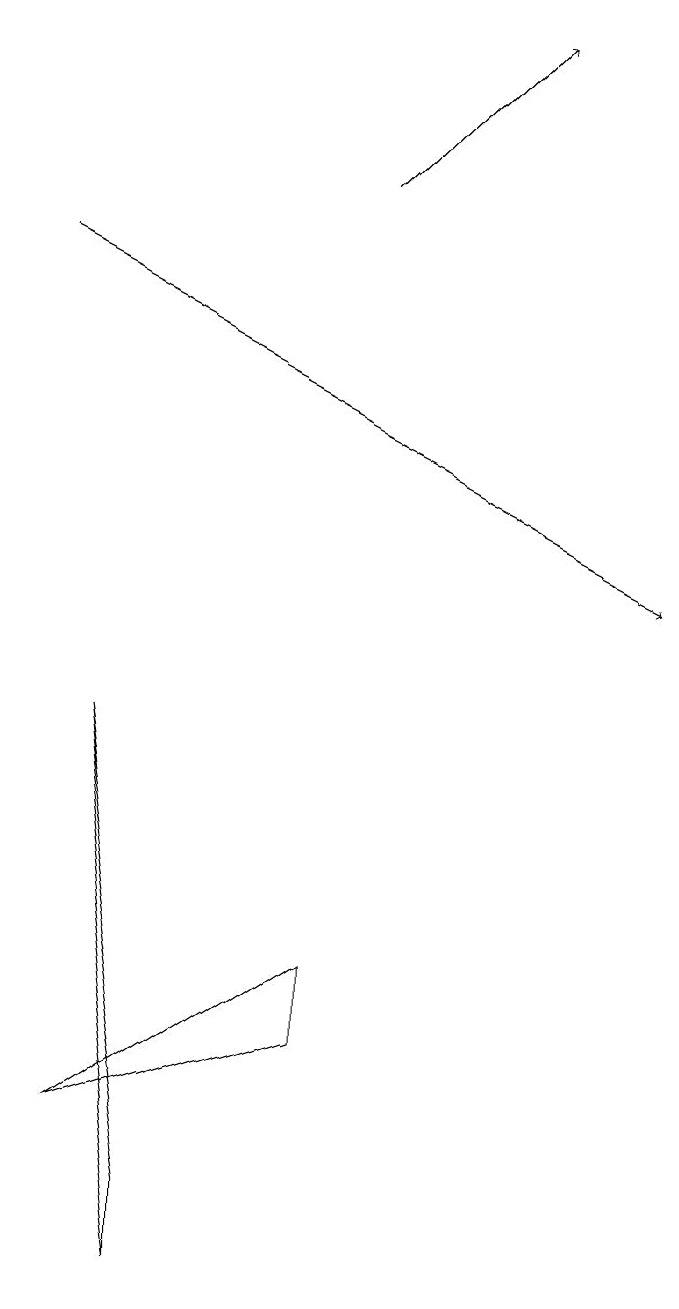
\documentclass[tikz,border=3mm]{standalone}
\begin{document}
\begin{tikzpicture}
\draw[->] (5,16) -- (7,18);
\draw[->] (1,15) -- (9,11);
\draw (5,6) -- (5,5) -- (2,4) -- cycle;
\draw (3,3) -- (2,9) -- (3,2) -- cycle;
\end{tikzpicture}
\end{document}